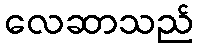
လေဆာသည်